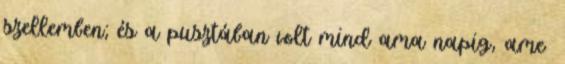
szellemben; és a pusztában volt mind ama napig, ame−